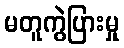
မတူကွဲပြားမှု